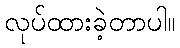
လုပ်ထားခဲ့တာပါ။